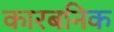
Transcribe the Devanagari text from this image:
कारबनिक